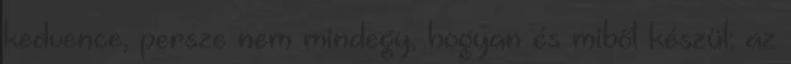
kedvence, persze nem mindegy, hogyan és miből készül; az